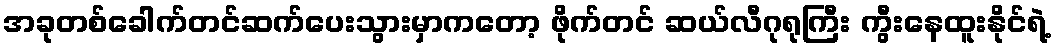
အခုတစ်ခေါက်တင်ဆက်ပေးသွားမှာကတော့ ဖိုက်တင် ဆယ်လီဂုရုကြီး ကွီးနေထူးနိုင်ရဲ့